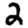
Digit: 2